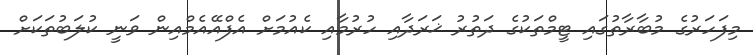
މިފަހަރުގެ މުބާރާތުގައި ޓީމްތަކުގެ ދަތުރު ޚަރަދާއި ހުރުމާއި ކެއުމަށް އެފްއޭއެމްއިން ވަނީ ކުލަބުތަކަށް